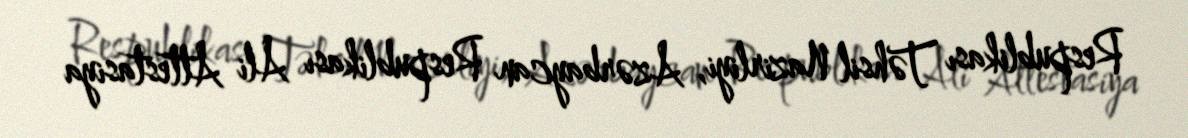
Respublikası Təhsil Nazirliyi, Azərbaycan Respublikası Ali Attestasiya